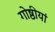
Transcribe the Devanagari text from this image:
गोष्ठीयां